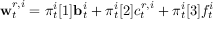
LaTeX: \mathbf { w } _ { t } ^ { r , i } = { \boldsymbol { \pi } } _ { t } ^ { i } [ 1 ] \mathbf { b } _ { t } ^ { i } + { \boldsymbol { \pi } } _ { t } ^ { i } [ 2 ] c _ { t } ^ { r , i } + { \boldsymbol { \pi } } _ { t } ^ { i } [ 3 ] f _ { t } ^ { i }